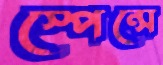
স্পেন্সে